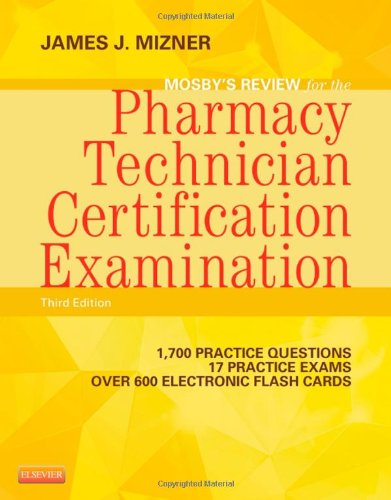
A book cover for Mosby's Review for the Pharmacy Technician Certification Examination, 3e; James J. Mizner BS  MBA  RPh; Medical Books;